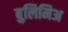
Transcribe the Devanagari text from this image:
बुलिमिअ